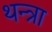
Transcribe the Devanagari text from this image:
थन्त्रा